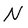
Character: N